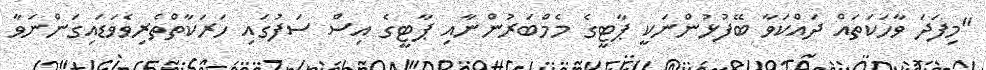
"މިފަދަ ވާހަަކަތައް ދައްކަވާ ބޭފުޅުންނަކީ ޕާޓީގެ މެމްބަރުންނާއި ޕާޓީގެ އިސް ސަފުގައި ހަރަކާތްތެރިވެވަޑައިގަންނަވާ